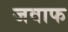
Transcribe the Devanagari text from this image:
जवाफ